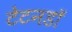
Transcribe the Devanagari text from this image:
टेटनडॉ